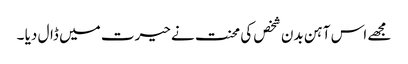
مجھے اس آہن بدن شخص کی محنت نے حیرت میں ڈال دیا ۔